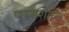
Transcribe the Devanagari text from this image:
परमशान्ति